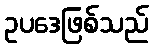
ဥပဒေဖြစ်သည်